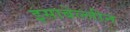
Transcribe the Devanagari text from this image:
इसाबेल्लीन